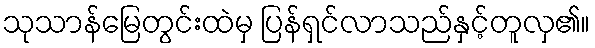
သုသာန်မြေတွင်းထဲမှ ပြန်ရှင်လာသည်နှင့်တူလှ၏။